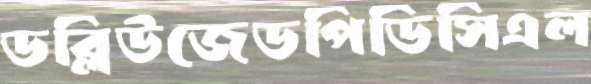
ডব্লিউজেডপিডিসিএল